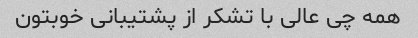
همه چی عالی با تشکر از پشتیبانی خوبتون